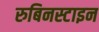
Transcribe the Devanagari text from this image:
रुबिनस्टाइन